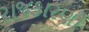
રાજકારણી